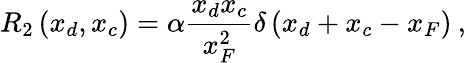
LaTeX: R_{2}\left(x_{d},x_{c}\right)=\alpha\frac{x_{d}x_{c}}{x_{F}^{2}}\delta\left(x_{d}+x_{c}-x_{F}\right)\: ,